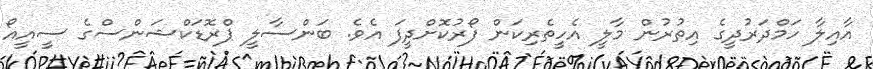
އާއިލާ ހަމްދަރުދީގެ އިތުރުން މާލީ އެހީތެރިކަން ފޯރުކޮށްދީފަ އެވެ. ބަންސާލީ ޕްރޮޑަކްޝަންސްގެ ސީއީއޯ